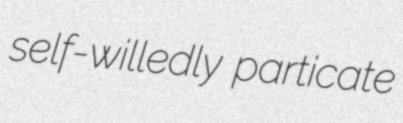
self-willedly particate